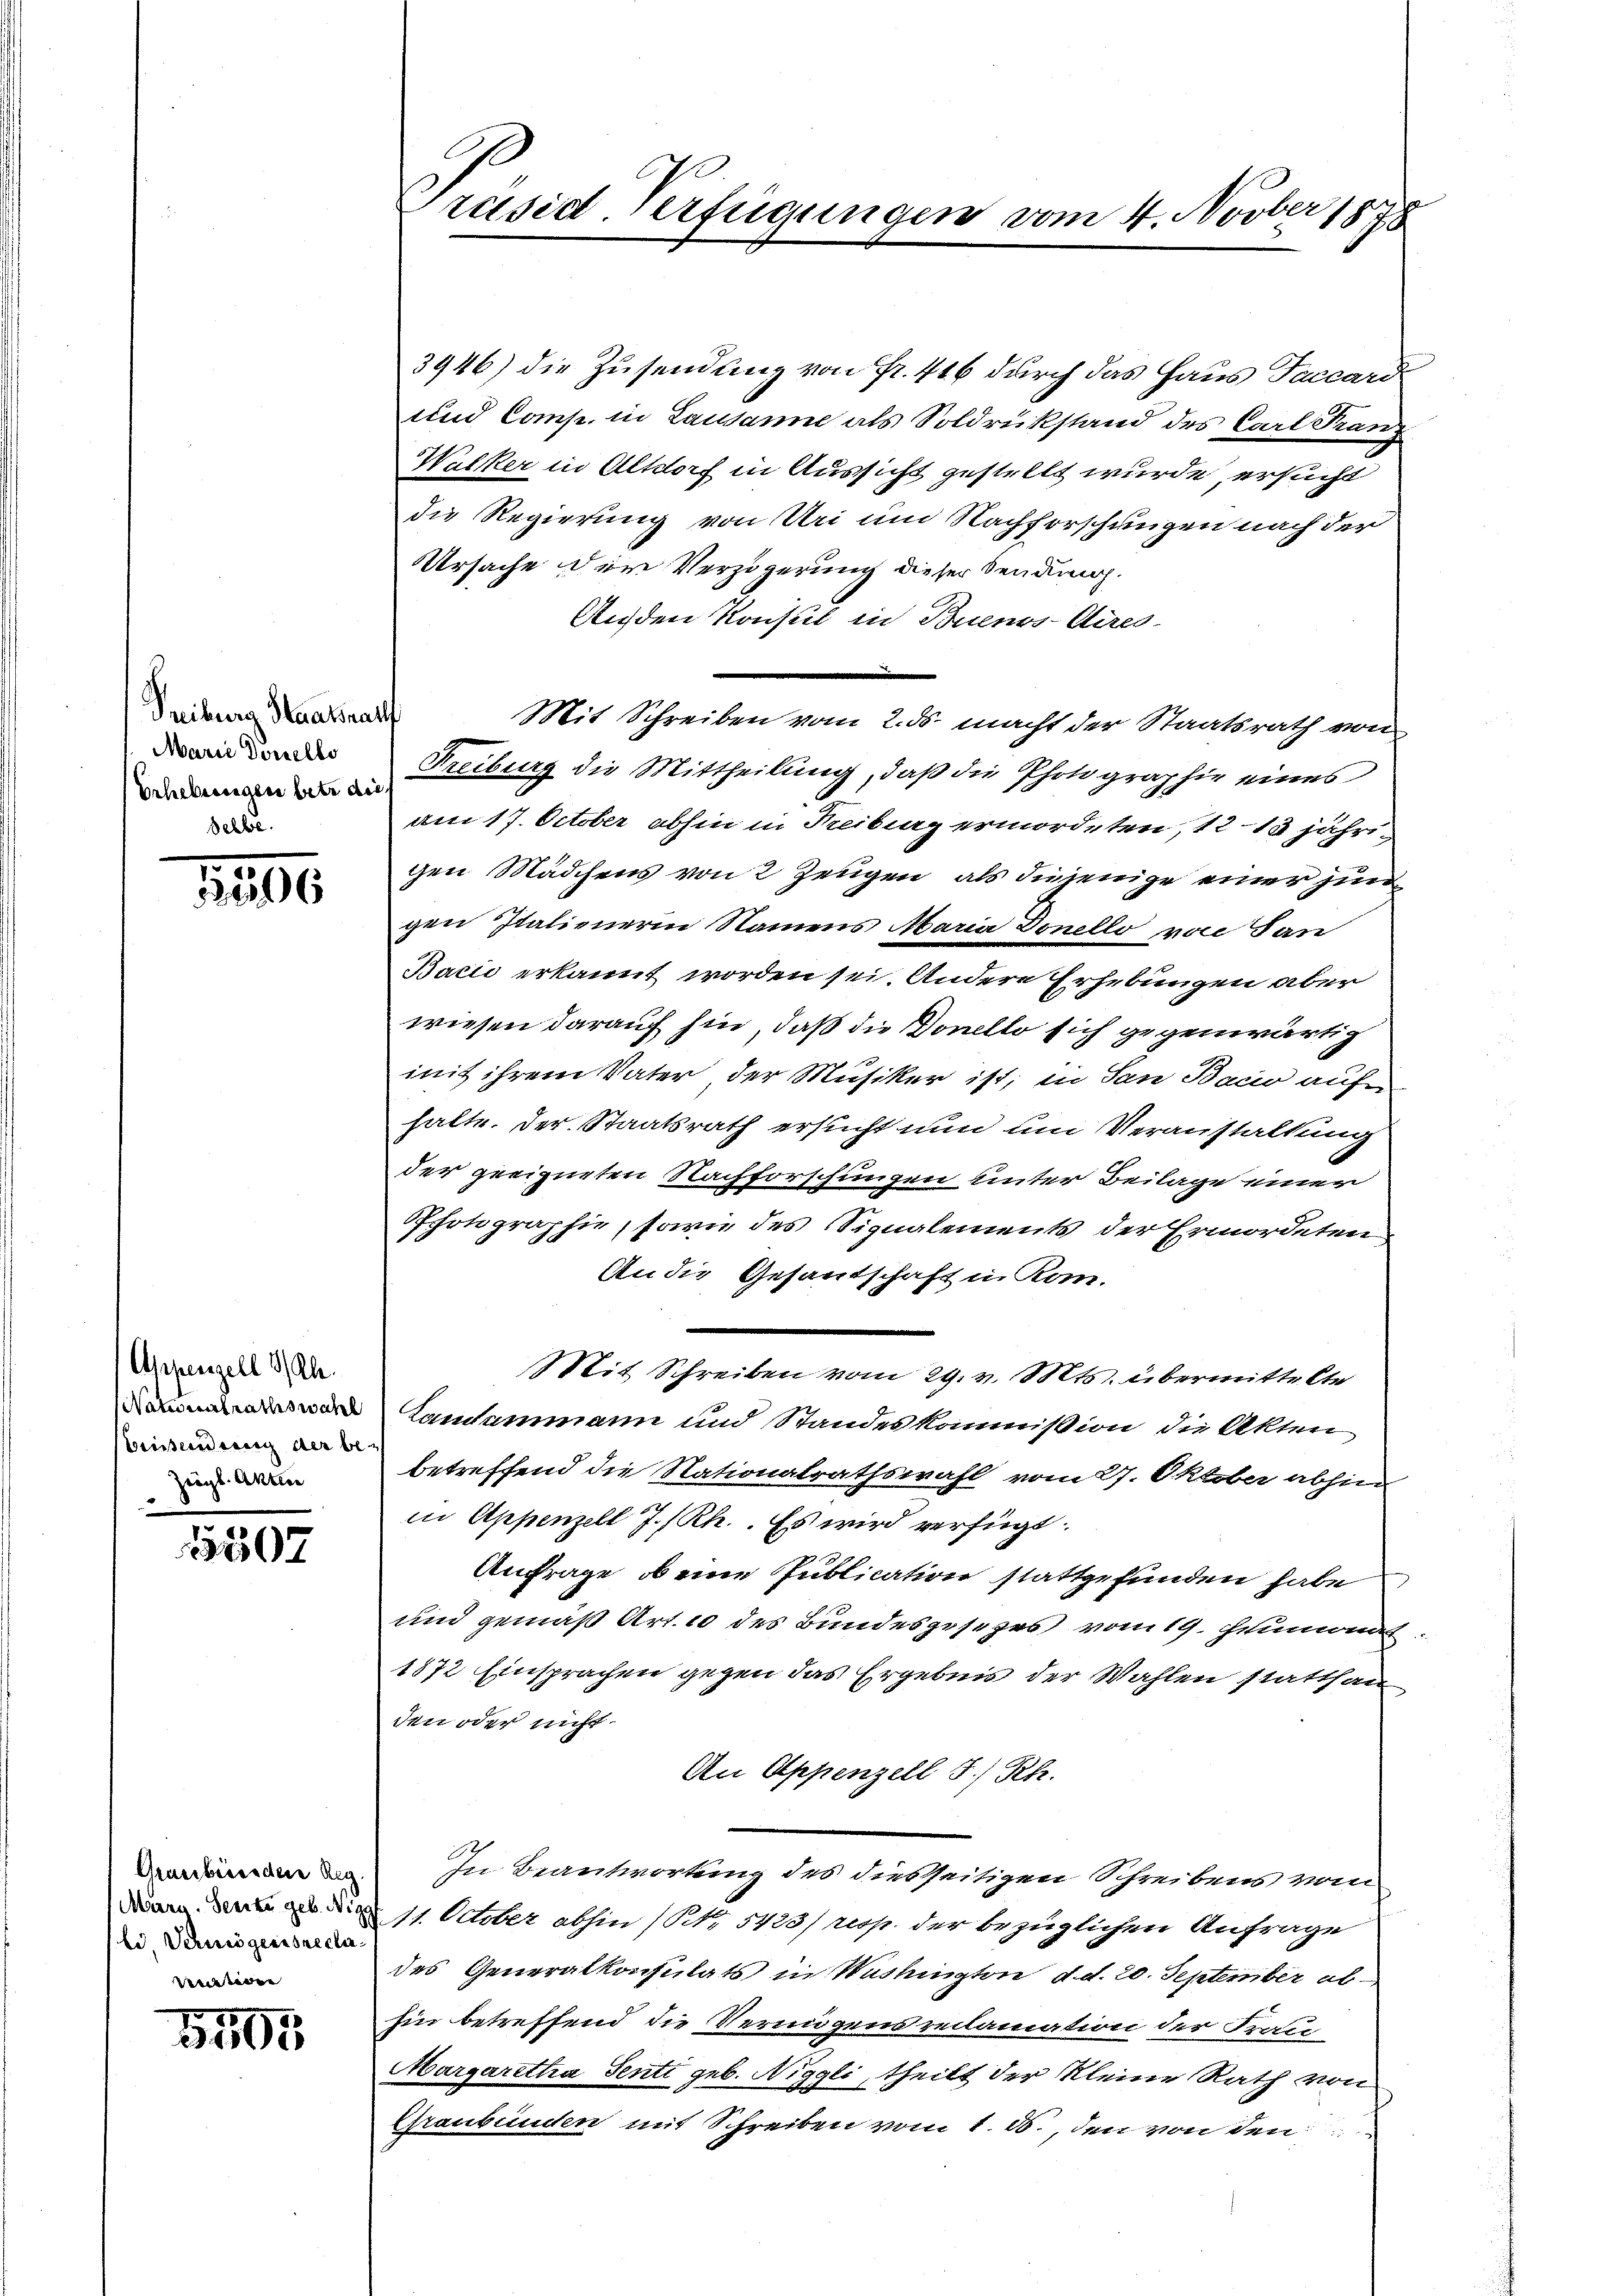
Treiburg Staatsraut
Marie Donnello
Erhebungen betr. die
Selbe.

1206

Appenzell I/Rh.
NNationalrathswahl
Crissenderenz der be¬
Zeigl. Akten

1507

Grassbesondere Reg.
Marra-Seecke geb. Nig
be Vermögensreclabeendieren

2405

Präsid-Verfügungen vom 4. Novber 1878

3946) die Zusendung von Fr. 416 durch das Haus Taccard
und Comp. in Lausanne als Soldrükstand des Carl Franz
Walker in Altdorf in Aussicht gestellt wurde, ersucht
die Regierung von Uri um Nachforschungen nach der
Ursache der Verzögerung dieser Sendung.
Außen Konsul in Buenos-Aires.
Mit Schreiben vom 2. ds. macht der Staatsrath von
Freiburg die Mittheilung, daß die Photographie eines
am 17. October abhin in Freibung ermordeten, 12 – 13 jähre
gen Mädchens von 2 Zeugen, als diejenige einer jun
gen Italienerin Namens Maria Donello von San
Bacii erkannt worden sei. Andere Erhebungen aber
wiesen darauf hin, daß die Donello sich gegenwärtig
mit ihrem Vater der Musiker ist; in San Bacio auf
halte. Der Staatsrath ersucht nun um Veranstaltung
der geeigneten Nachforschungen unter Beilage einer
Photographie, sowie des Signalements der Ermordeten
An die Gesandschaft in Kom-
Mit Schreiben vom 29. v. Mts. übermittelte
Landammann und Standeskommißion die Akten
betreffend die Nationalrathswahl vom 27. Oktober abhin
in Appenzell I/Rh.. Es wird verfügt:
Anfrage, ob eine Publication stattgefunden habe
und gemäß Art. 10 des Bundesgesezes vom 19. Heumonat
1872 Einsprachen gegen das Ergebnis der Wahlen statthan
den oder nicht
An Appenzell I/Rh.
In Beantwortung des diesseitigen Schreibens vom
11. October abhin (N. 5423/ resp. der bezüglichen Anfrage
des Generalkonsulats in Washington, d. d. 20. September abhin betreffend die Vermögensreclamation der Frau
Margaretha Senti geb. Niggli, theilt der kleine Rath von
Graubünden mit Schreiben vom 1. J., den von den